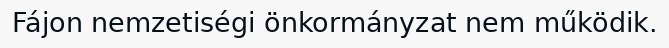
Fájon nemzetiségi önkormányzat nem működik.